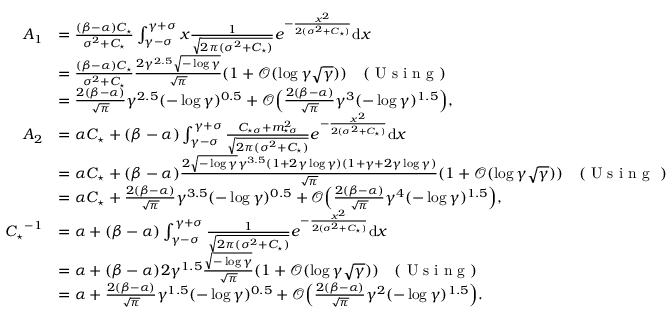
\begin{array} { r l } { A _ { 1 } } & { = \frac { ( \beta - \alpha ) C _ { \star } } { \sigma ^ { 2 } + C _ { \star } } \int _ { \gamma - \sigma } ^ { \gamma + \sigma } x \frac { 1 } { \sqrt { 2 \pi ( \sigma ^ { 2 } + C _ { \star } ) } } e ^ { - \frac { x ^ { 2 } } { 2 ( \sigma ^ { 2 } + C _ { \star } ) } } \mathrm { d } x } \\ & { = \frac { ( \beta - \alpha ) C _ { \star } } { \sigma ^ { 2 } + C _ { \star } } \frac { 2 \gamma ^ { 2 . 5 } \sqrt { - \log \gamma } } { \sqrt { \pi } } ( 1 + \mathcal { O } ( \log \gamma \sqrt \gamma ) ) \quad ( \textrm { U s i n g } ) } \\ & { = \frac { 2 ( \beta - \alpha ) } { \sqrt { \pi } } \gamma ^ { 2 . 5 } ( - \log \gamma ) ^ { 0 . 5 } + \mathcal { O } \Bigl ( \frac { 2 ( \beta - \alpha ) } { \sqrt { \pi } } \gamma ^ { 3 } ( - \log \gamma ) ^ { 1 . 5 } \Bigr ) , } \\ { A _ { 2 } } & { = \alpha C _ { \star } + ( \beta - \alpha ) \int _ { \gamma - \sigma } ^ { \gamma + \sigma } \frac { C _ { \star \sigma } + m _ { \star \sigma } ^ { 2 } } { \sqrt { 2 \pi ( \sigma ^ { 2 } + C _ { \star } ) } } e ^ { - \frac { x ^ { 2 } } { 2 ( \sigma ^ { 2 } + C _ { \star } ) } } \mathrm { d } x } \\ & { = \alpha C _ { \star } + ( \beta - \alpha ) \frac { 2 \sqrt { - \log \gamma } \gamma ^ { 3 . 5 } ( 1 + 2 \gamma \log \gamma ) ( 1 + \gamma + 2 \gamma \log \gamma ) } { \sqrt { \pi } } ( 1 + \mathcal { O } ( \log \gamma \sqrt \gamma ) ) \quad ( \textrm { U s i n g } ~ ) } \\ & { = \alpha C _ { \star } + \frac { 2 ( \beta - \alpha ) } { \sqrt { \pi } } \gamma ^ { 3 . 5 } ( - \log \gamma ) ^ { 0 . 5 } + \mathcal { O } \Bigl ( \frac { 2 ( \beta - \alpha ) } { \sqrt { \pi } } \gamma ^ { 4 } ( - \log \gamma ) ^ { 1 . 5 } \Bigr ) , } \\ { { C _ { \star } } ^ { - 1 } } & { = \alpha + ( \beta - \alpha ) \int _ { \gamma - \sigma } ^ { \gamma + \sigma } \frac { 1 } { \sqrt { 2 \pi ( \sigma ^ { 2 } + C _ { \star } ) } } e ^ { - \frac { x ^ { 2 } } { 2 ( \sigma ^ { 2 } + C _ { \star } ) } } \mathrm { d } x } \\ & { = \alpha + ( \beta - \alpha ) 2 \gamma ^ { 1 . 5 } \frac { \sqrt { - \log \gamma } } { \sqrt \pi } ( 1 + \mathcal { O } ( \log \gamma \sqrt \gamma ) ) \quad ( \textrm { U s i n g } ) } \\ & { = \alpha + \frac { 2 ( \beta - \alpha ) } { \sqrt { \pi } } \gamma ^ { 1 . 5 } ( - \log \gamma ) ^ { 0 . 5 } + \mathcal { O } \Bigl ( \frac { 2 ( \beta - \alpha ) } { \sqrt { \pi } } \gamma ^ { 2 } ( - \log \gamma ) ^ { 1 . 5 } \Bigr ) . } \end{array}